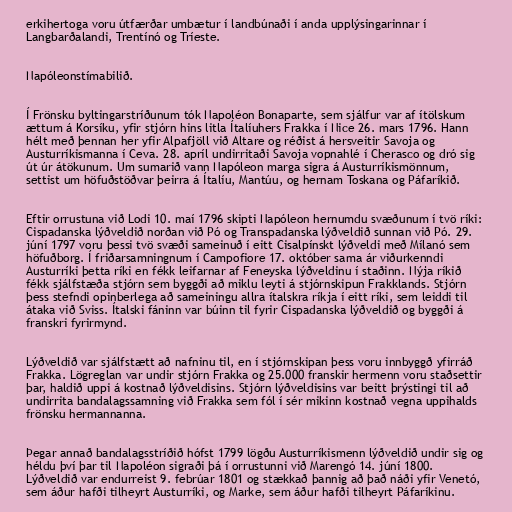
erkihertoga voru útfærðar umbætur í landbúnaði í anda upplýsingarinnar í
Langbarðalandi, Trentínó og Tríeste.

Napóleonstímabilið.

Í Frönsku byltingarstríðunum tók Napoléon Bonaparte, sem sjálfur var af ítölskum
ættum á Korsíku, yfir stjórn hins litla Ítalíuhers Frakka í Nice 26. mars 1796. Hann
hélt með þennan her yfir Alpafjöll við Altare og réðist á hersveitir Savoja og
Austurríkismanna í Ceva. 28. apríl undirritaði Savoja vopnahlé í Cherasco og dró sig
út úr átökunum. Um sumarið vann Napóleon marga sigra á Austurríkismönnum,
settist um höfuðstöðvar þeirra á Ítalíu, Mantúu, og hernam Toskana og Páfaríkið.

Eftir orrustuna við Lodi 10. maí 1796 skipti Napóleon hernumdu svæðunum í tvö ríki:
Cispadanska lýðveldið norðan við Pó og Transpadanska lýðveldið sunnan við Pó. 29.
júní 1797 voru þessi tvö svæði sameinuð í eitt Cisalpínskt lýðveldi með Mílanó sem
höfuðborg. Í friðarsamningnum í Campofiore 17. október sama ár viðurkenndi
Austurríki þetta ríki en fékk leifarnar af Feneyska lýðveldinu í staðinn. Nýja ríkið
fékk sjálfstæða stjórn sem byggði að miklu leyti á stjórnskipun Frakklands. Stjórn
þess stefndi opinberlega að sameiningu allra ítalskra ríkja í eitt ríki, sem leiddi til
átaka við Sviss. Ítalski fáninn var búinn til fyrir Cispadanska lýðveldið og byggði á
franskri fyrirmynd.

Lýðveldið var sjálfstætt að nafninu til, en í stjórnskipan þess voru innbyggð yfirráð
Frakka. Lögreglan var undir stjórn Frakka og 25.000 franskir hermenn voru staðsettir
þar, haldið uppi á kostnað lýðveldisins. Stjórn lýðveldisins var beitt þrýstingi til að
undirrita bandalagssamning við Frakka sem fól í sér mikinn kostnað vegna uppihalds
frönsku hermannanna.

Þegar annað bandalagsstríðið hófst 1799 lögðu Austurríkismenn lýðveldið undir sig og
héldu því þar til Napoléon sigraði þá í orrustunni við Marengó 14. júní 1800.
Lýðveldið var endurreist 9. febrúar 1801 og stækkað þannig að það náði yfir Venetó,
sem áður hafði tilheyrt Austurríki, og Marke, sem áður hafði tilheyrt Páfaríkinu.